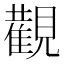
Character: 𮗚